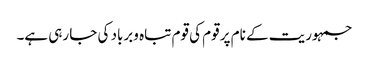
جمہوریت کے نام پر قوم کی قوم تباہ وبرباد کی جا رہی ہے۔